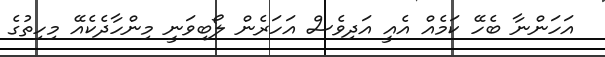
އަހަންނާ ބެހޭ ކަމެއް އެއީ އަދިވެސް އަހަރެން ލޯބިވަނީ މިންހާދެކެއޭ މިހިތުގެ